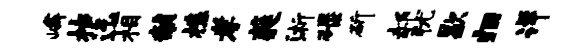
嶙枯迄相黼樵孝蕤浙碌斫郝犹歇归详